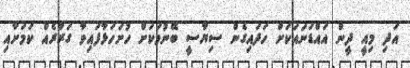
އަދި މިއީ ދީން އައްޑަނައަކަށް ހަދައިގެން ސިޔާސީ ބޭނުމަކަށް ހުށަހަޅާފައިވާ ގަރާރެއް ކަމަށާއި